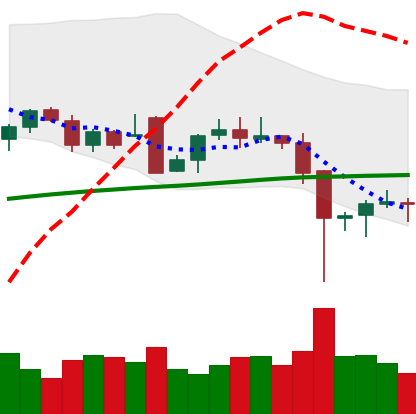
Ticker: BTC-USD
Chart end date: 2021-12-08
Forward return: -7.459%
Label: down_7plus